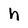
Character: h